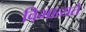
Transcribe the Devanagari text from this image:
विभाव्यते